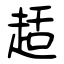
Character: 趏